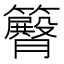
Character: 𥷝